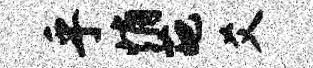
乎悄葩爻